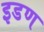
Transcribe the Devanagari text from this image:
इडण